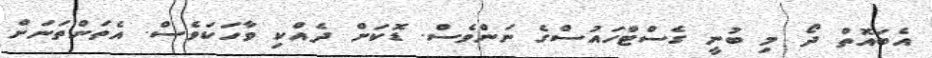
އެބައޮތް ދޯ މި ބުނީ ގެސްޓްހައުސްގެ ނަންވެސް. ޑޮކަށް ދެއްކި ވާހަކަވެސް. އެތަންތަނަށް